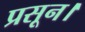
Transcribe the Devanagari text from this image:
प्रसून।